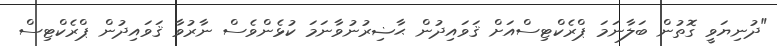
"ދުނިޔަވީ ގޮތުން ބަލާނަމަ ޕްރެކްޓިސްއަށް ޤަވައިދުން ޙާޟިރުނުވާނަމަ ކުޅެންވެސް ނާރުވާ ޤަވައިދުން ޕްރެކްޓިސް